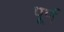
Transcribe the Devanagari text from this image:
पूर्ण